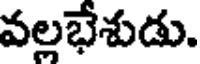
వల్లభేశుడు.